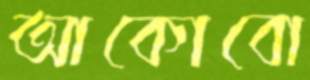
আকোবো